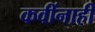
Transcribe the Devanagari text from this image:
कवींनाही